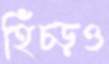
হিঁচ্‌ড়ও